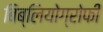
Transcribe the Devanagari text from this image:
बिब्लियोग्रोफी